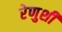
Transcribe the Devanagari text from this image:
रेणुशी